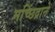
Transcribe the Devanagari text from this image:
मच्छिंद्राने